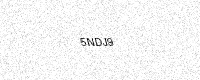
Text: 5NDJ9